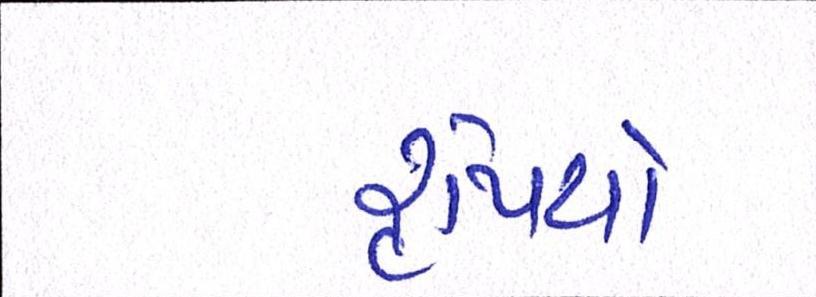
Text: રૃપિયો